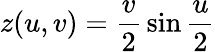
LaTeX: z(u,v)={\frac{v}{2}}\sin{\frac{u}{2}}